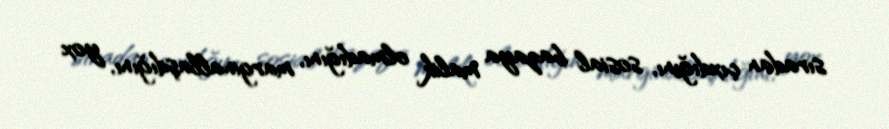
sıradan çıxdığını, sosial bazaya malik olmadığını, marginallaşdığını, yox